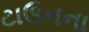
ટાઉનના